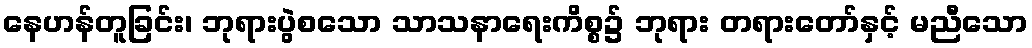
နေဟန်တူခြင်း၊ ဘုရားပွဲစသော သာသနာရေးကိစ္စ၌ ဘုရား တရားတော်နှင့် မညီသော